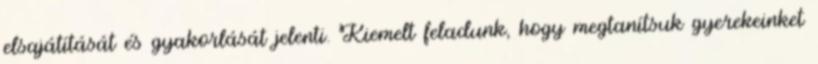
elsajátítását és gyakorlását jelenti. Kiemelt feladunk, hogy megtanítsuk gyerekeinket